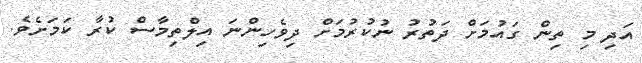
އަދި މި ތިން ގައުމަށް ދަތުރު ނުކުރުމަށް ދިވެހިންނަ އިލްތިމާސް ކުރާ ކަމަށެވެ.